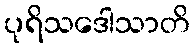
ပုရိသဒေါသာတိ